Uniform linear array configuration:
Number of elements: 8
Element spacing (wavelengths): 1
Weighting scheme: exponential
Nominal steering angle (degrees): -30
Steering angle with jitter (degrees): -30.526
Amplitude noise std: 0.05
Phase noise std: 0.05

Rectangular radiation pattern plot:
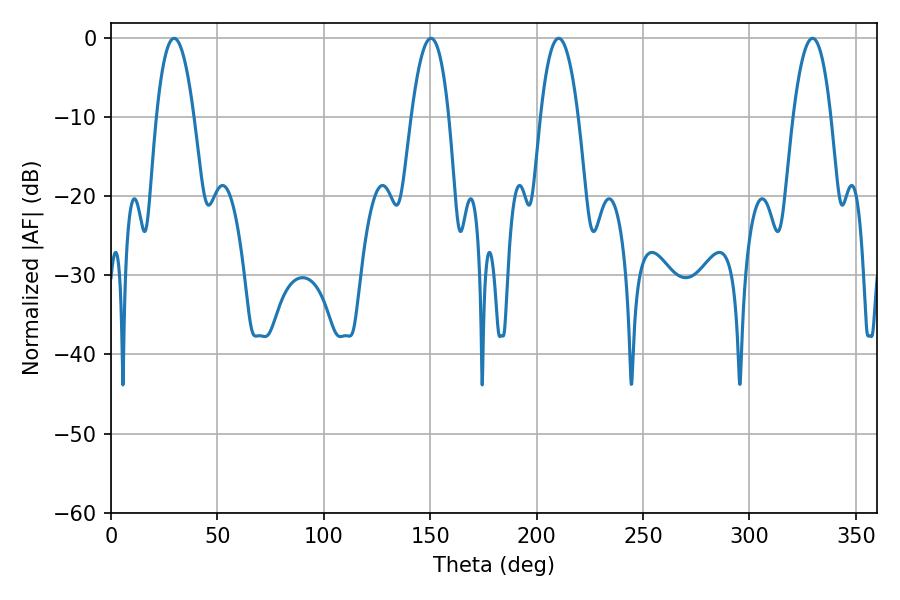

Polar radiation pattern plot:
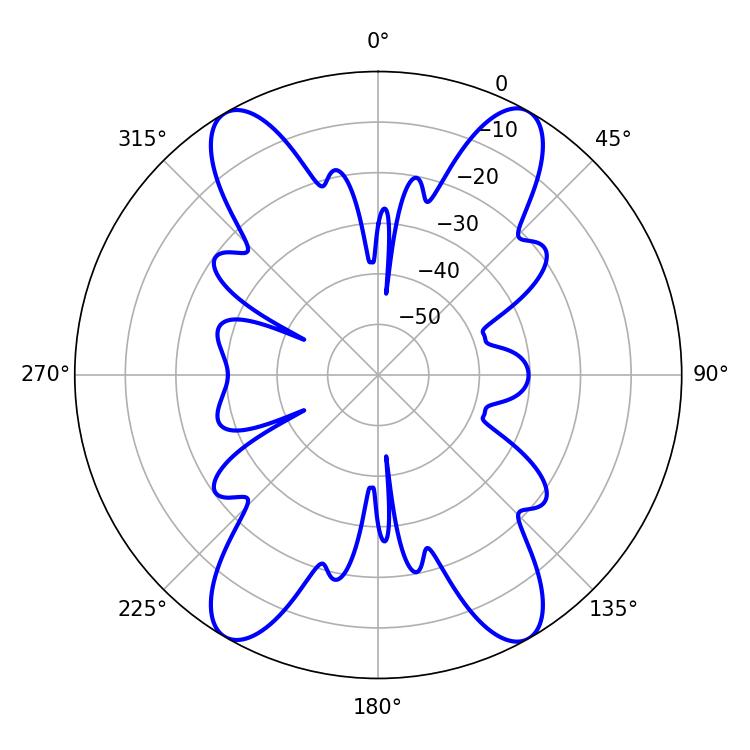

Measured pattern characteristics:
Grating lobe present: TRUE
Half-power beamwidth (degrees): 9.72
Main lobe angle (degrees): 150.3